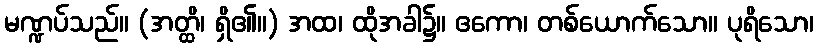
မဏ္ဍပ်သည်။ (အတ္ထိ၊ ရှိ၏။) အထ၊ ထိုအခါ၌။ ဧကော၊ တစ်ယောက်သော။ ပုရိသော၊